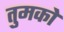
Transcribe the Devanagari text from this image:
तुमकोे